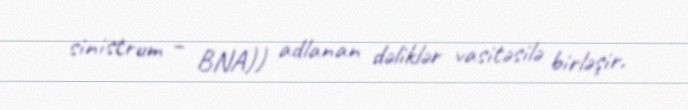
sinistrum – BNA)) adlanan dəliklər vasitəsilə birləşir.